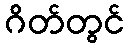
ဂိတ်တွင်